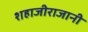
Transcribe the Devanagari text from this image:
शहाजीराजानी